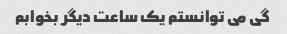
گی می توانستم یک ساعت دیگر بخوابم